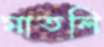
মাতলি